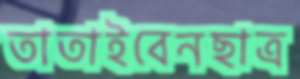
তাতাইবেনছাত্র